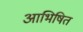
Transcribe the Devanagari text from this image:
आभिषित